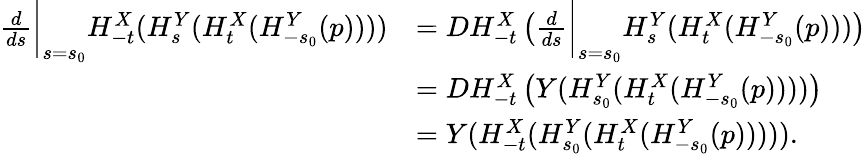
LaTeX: \begin{array}{rl}{\frac{d}{ds}\bigg\vert_{s=s_{0}}H_{-t}^{X}(H_{s}^{Y}(H_{t}^{X}(H_{-s_{0}}^{Y}(p))))}&{=DH_{-t}^{X}\left(\frac{d}{ds}\bigg\vert_{s=s_{0}}H_{s}^{Y}(H_{t}^{X}(H_{-s_{0}}^{Y}(p)))\right)}\\ &{=DH_{-t}^{X}\left(Y(H_{s_{0}}^{Y}(H_{t}^{X}(H_{-s_{0}}^{Y}(p))))\right)}\\ &{=Y(H_{-t}^{X}(H_{s_{0}}^{Y}(H_{t}^{X}(H_{-s_{0}}^{Y}(p))))).}\end{array}